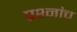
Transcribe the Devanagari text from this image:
प्रश्नांच